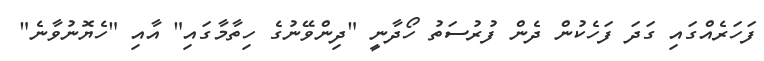
ފަހަރެއްގައި ގަދަ ފަހެކުން ދެން ފުރުސަތު ހޯދާނީ "ދިންވޭނުގެ ހިތާމާގައި" އާއި "ހެޔޮނުވާނެ"